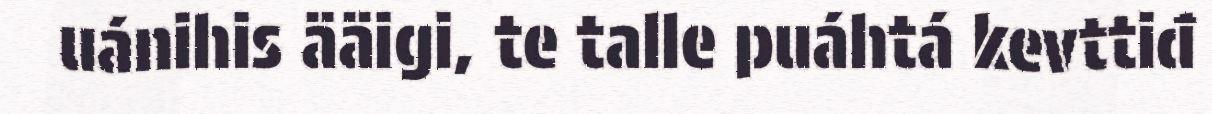
uánihis ääigi, te talle puáhtá kevttiđ